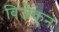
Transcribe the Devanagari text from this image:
विजेकून